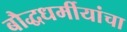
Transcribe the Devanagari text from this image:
बौद्धधर्मीयांचा